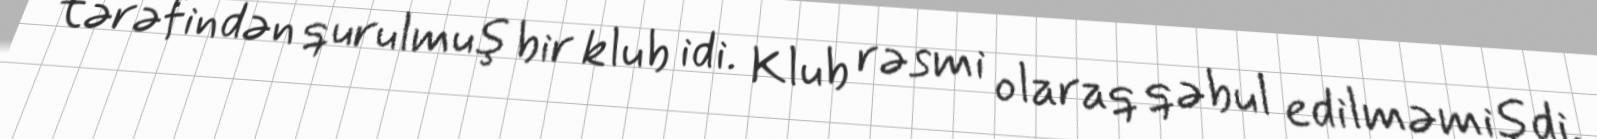
tərəfindən qurulmuş bir klub idi. Klub rəsmi olaraq qəbul edilməmişdi.